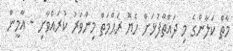
މާތް ކަލާންގެ މި ދައްތާފުޅަށް ހެޔޮ ރަޙްމަތް މިންވަރު ކުރައްވާށި - އާމީން